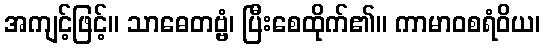
အကျင့်ဖြင့်။ သာဓေတဗ္ဗံ၊ ပြီးစေထိုက်၏။ ကာမာဝစရံဝိယ၊